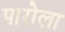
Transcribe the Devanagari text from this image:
पारोला